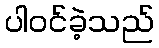
ပါဝင်ခဲ့သည်